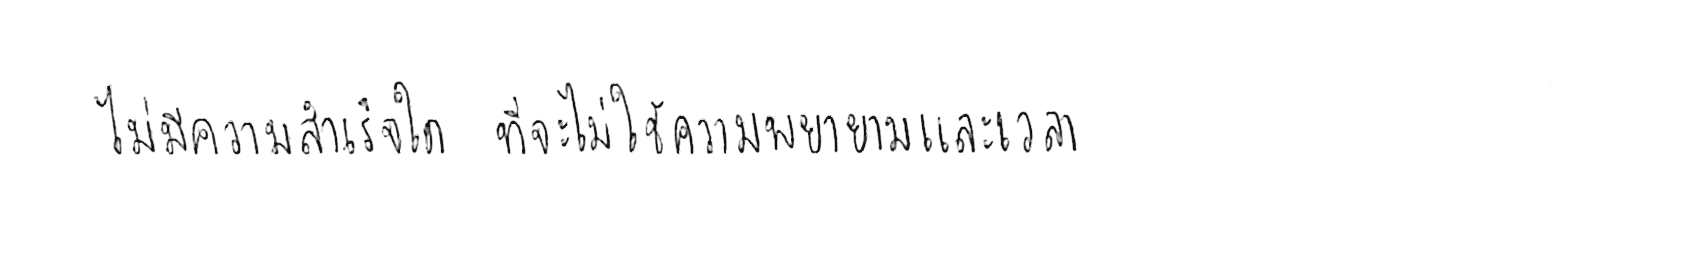
ไม่มีความสำเร็จใด ที่จะไม่ใช้ความพยายามและเวลา